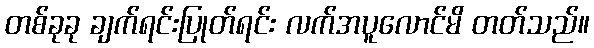
တစ်ခုခု ချက်ရင်းပြုတ်ရင်း လက်အပူလောင်မိ တတ်သည်။